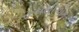
રૂપથીએક